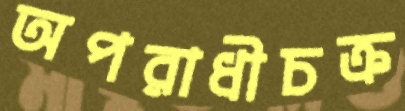
অপরাধীচক্র